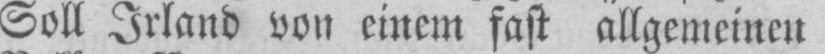
Soll Irland von einem fast allgemeinen